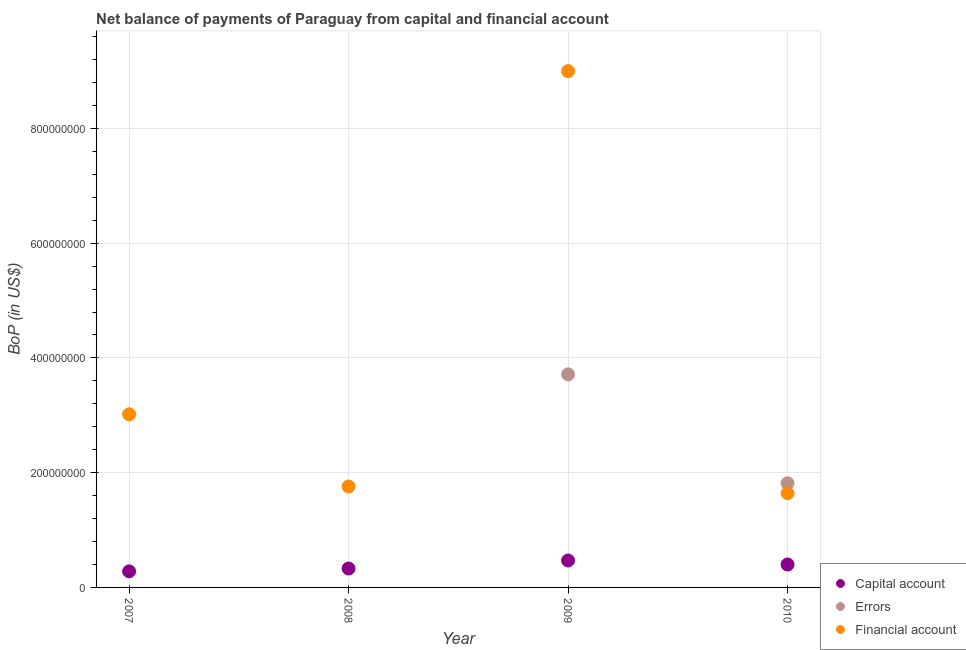
| Year | Capital account | Errors | Financial account |
 | --- | --- | --- | --- |
 | 2007 | 2.8e+07 | -5.05e+08 | 3.02e+08 |
 | 2008 | 3.3e+07 | -4.02e+07 | 1.76e+08 |
 | 2009 | 4.7e+07 | 3.71e+08 | 9e+08 |
 | 2010 | 4e+07 | 1.82e+08 | 1.64e+08 |